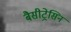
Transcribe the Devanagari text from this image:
बैसीट्रेसिन